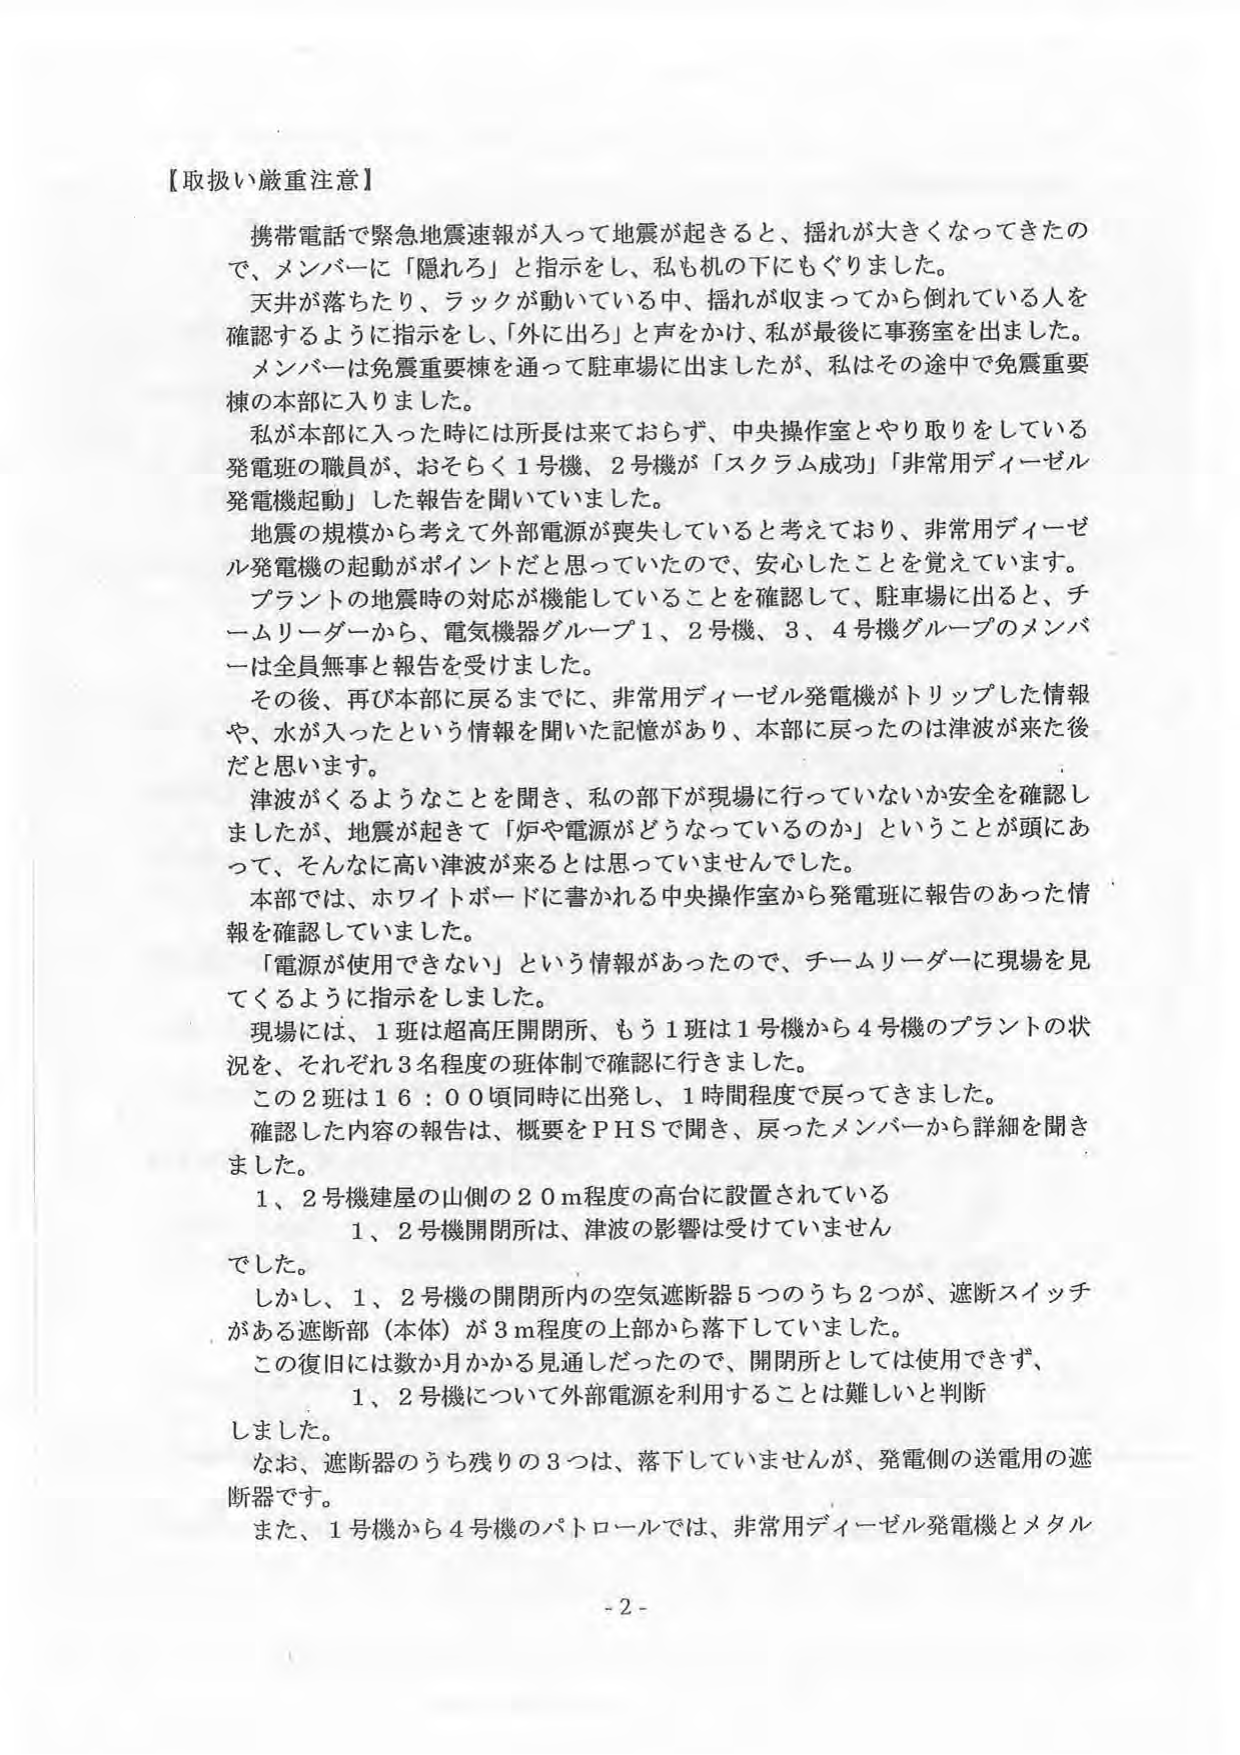
【取扱い厳重注意】

携帯電話で緊急地震速報が入って地震が起きると、揺れが大きくなってきたので、メンバーに「隠れろ」と指示をし、私も机の下にもぐりました。

天井が落ちたり、ラックが動いている中、揺れが収まってから倒れている人を確認するように指示をし、「外に出ろ」と声をかけ、私が最後に事務室を出ました。

メンバーは免震重要棟を通りって駐車場に出ましたが、私はその途中で免震重要棟の本部に入りました。

私が本部に入った時には所長は来ておらず、中央操作室とやり取りをしている発電班の職員が、おそらく1号機、2号機が「スクラム成功」「非常用ディーゼル発電機起動」した報告を聞いていました。

地震の規模から考えて外部電源が喪失していると考えており、非常用ディーゼル発電機の起動がポイントだと思っていたので、安心したことを覚えています。

プラントの地震時の対応が機能していることを確認して、駐車場に出ると、チームリーダーから、電気機器グループ1、2号機、3、4号機グループのメンバーは全員無事と報告を受けました。

その後、再び本部に戻るまでに、非常用ディーゼル発電機がトリップした情報や、水が入ったという情報を聞いた記憶があり、本部に戻ったのは津波が来た後だと思います。

津波がくるようなことを聞き、私の部下が現場に行っていないか安全を確認しましたが、地震が起きて「炉や電源がどうなっているのか」ということが頭にあって、そんなに高い津波が来るとは思っていませんでした。

本部では、ホワイトボードに書かれる中央操作室から発電班に報告のあった情報を確認していました。

「電源が使用できない」という情報があったので、チームリーダーに現場を見てくるように指示をしました。

現場には、1班は超高圧開閉所、もう1班は1号機から4号機のプラントの状況を、それぞれ3名程度の班体制で確認に行きました。

この2班は16：00頃同時に出発し、1時間程度で戻ってきました。

確認した内容の報告は、概要をPHSで聞き、戻ったメンバーから詳細を聞きました。

1、2号機建屋の山側の20m程度の高台に設置されている
1、2号機開閉所は、津波の影響は受けていませんでした。

しかし、1、2号機の開閉所内の空気遮断器5つのうち2つが、遮断スイッチがある遮断部（本体）が3m程度の上部から落下していました。

この復旧には数か月かかる見通しだったので、開閉所としては使用できず、
1、2号機について外部電源を利用することは難しいと判断しました。

なお、遮断器のうち残りの3つは、落下していませんが、発電側の送電用の遮断器です。

また、1号機から4号機のパトロールでは、非常用ディーゼル発電機とメタル

- 2 -